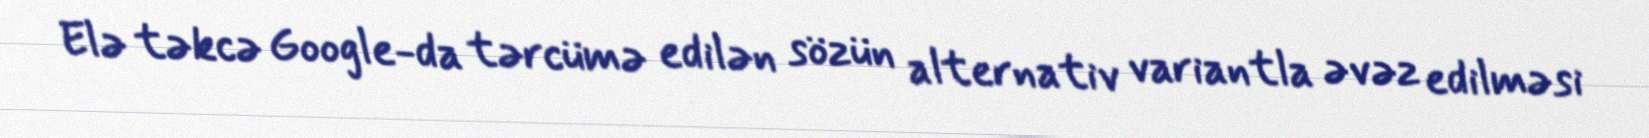
Elə təkcə Google-da tərcümə edilən sözün alternativ variantla əvəz edilməsi